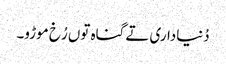
دُنیاداری تے گناہ توں رُخ موڑو۔